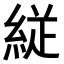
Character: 𮈕